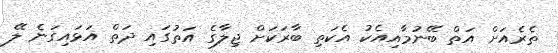
ތެރެއަށް އަތް ބޭނުމާއިއެކު އެކަތި ބާރަކަށް ޖިލާގެ އަތުގައި ދަތް އަޅައިގަނެ ލޭ